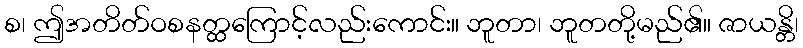
စ၊ ဤအတိတ်ဝစနတ္ထကြောင့်လည်းကောင်း။ ဘူတာ၊ ဘူတတို့မည်၏။ ဇာယန္တိ၊